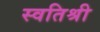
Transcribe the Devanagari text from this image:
स्वतिश्री